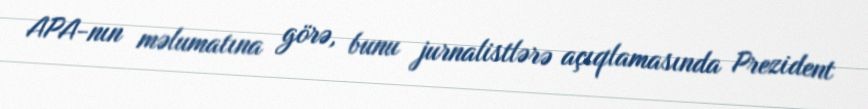
APA-nın məlumatına görə, bunu jurnalistlərə açıqlamasında Prezident